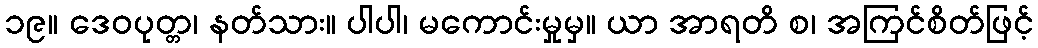
၁၉။ ဒေဝပုတ္တ၊ နတ်သား။ ပါပါ၊ မကောင်းမှုမှ။ ယာ အာရတိ စ၊ အကြင်စိတ်ဖြင့်